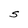
Character: S